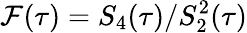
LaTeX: \mathcal{F}(\tau)=S_{4}(\tau)/S_{2}^{2}(\tau)